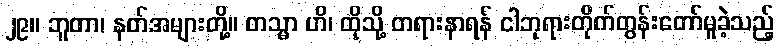
၂၉။ ဘူတာ၊ နတ်အများတို့။ တသ္မာ ဟိ၊ ထိုသို့ တရားနာရန် ငါဘုရားတိုက်တွန်းတော်မူခဲ့သည့်